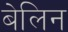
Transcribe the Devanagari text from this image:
बेलिन